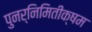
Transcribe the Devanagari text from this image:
पुनर्निमितीक्षम